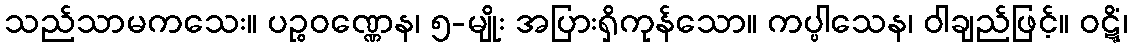
သည်သာမကသေး။ ပဉ္စဝဏ္ဏေန၊ ၅-မျိုး အပြားရှိကုန်သော။ ကပ္ပါသေန၊ ဝါချည်ဖြင့်။ ဝဋ္ဋိံ၊